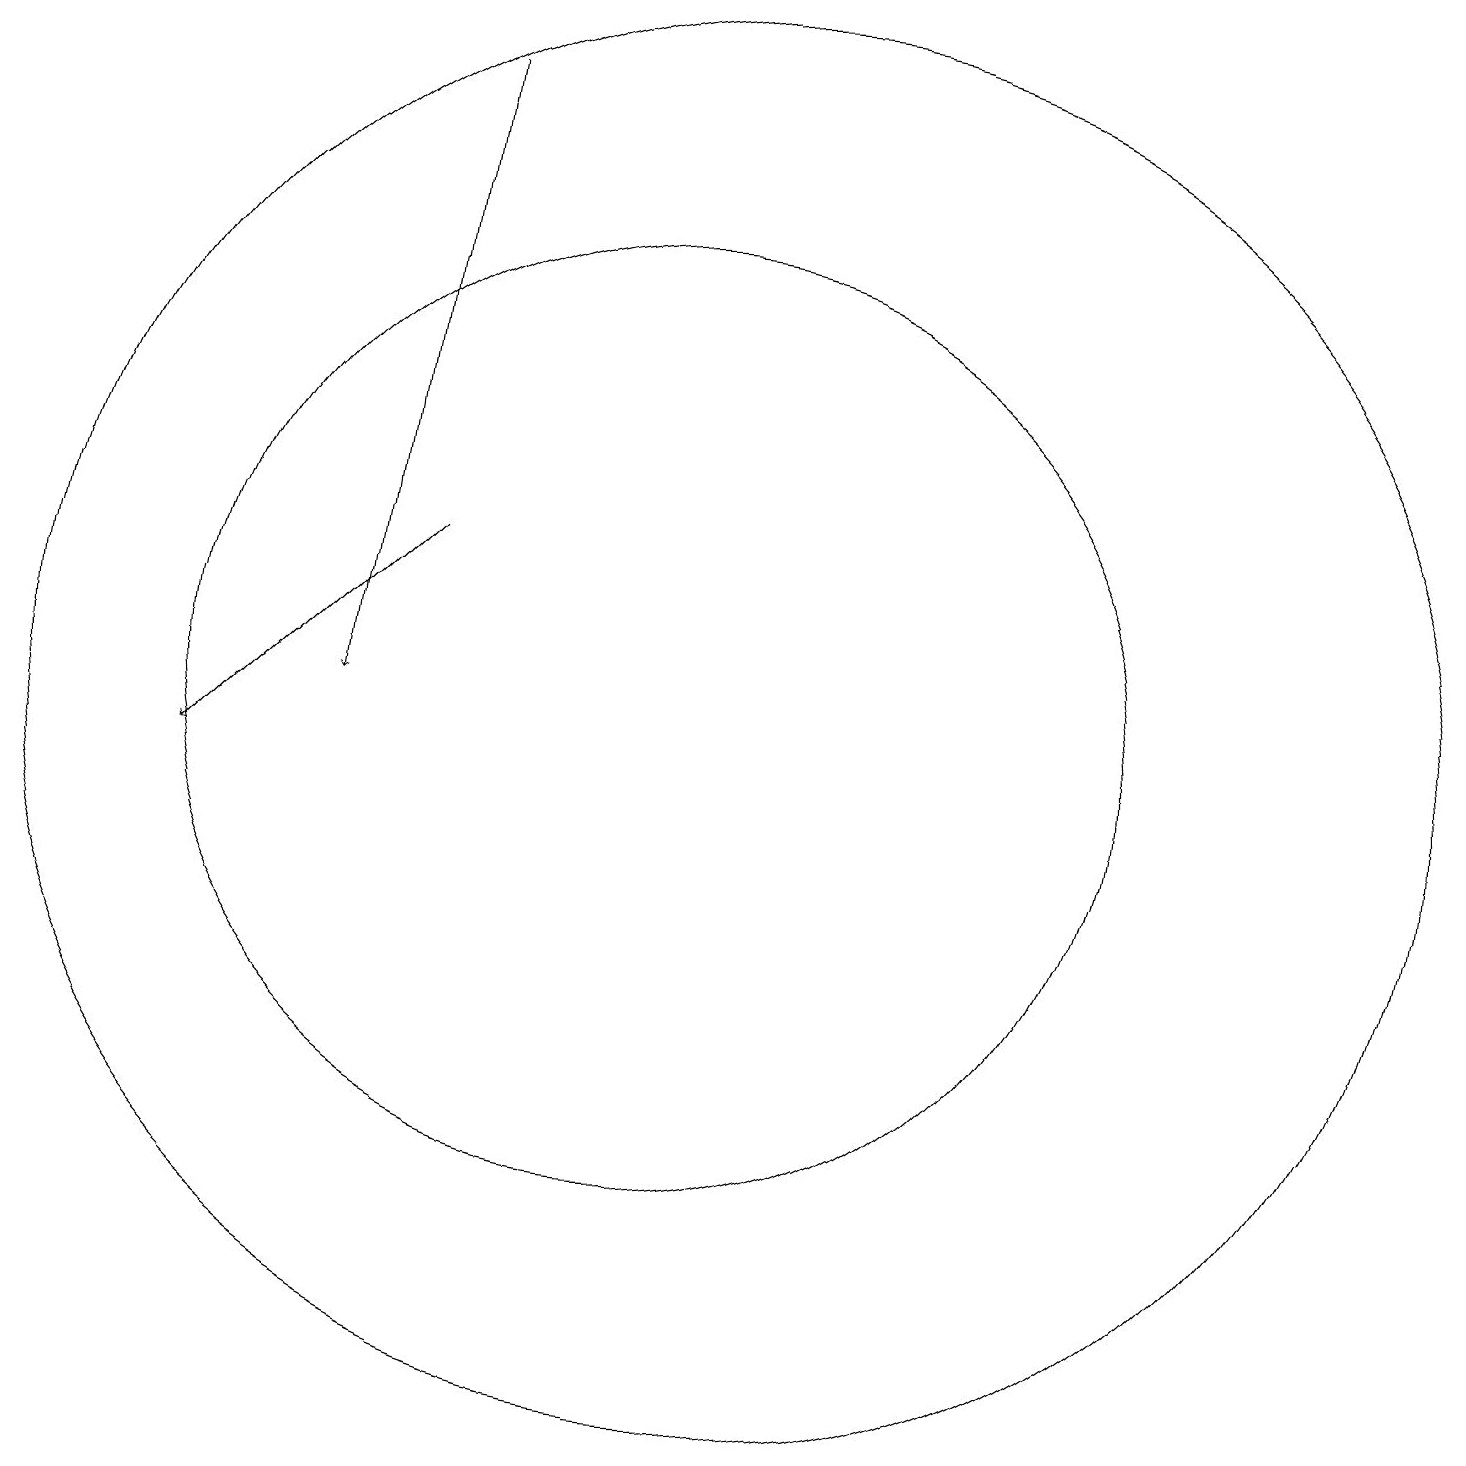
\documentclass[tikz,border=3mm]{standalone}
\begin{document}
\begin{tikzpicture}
\draw[->] (7,19) -- (6,11);
\draw (10,11) circle (6);
\draw (11,11) circle (0);
\draw[->] (7,13) -- (4,10);
\draw (11,11) circle (9);
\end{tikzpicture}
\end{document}